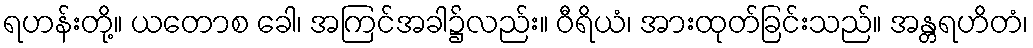
ရဟန်းတို့။ ယတောစ ခေါ၊ အကြင်အခါ၌လည်း။ ဝီရိယံ၊ အားထုတ်ခြင်းသည်။ အန္တရဟိတံ၊